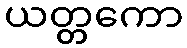
ယတ္တကော